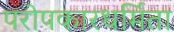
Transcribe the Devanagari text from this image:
परोपकारधर्मिता